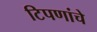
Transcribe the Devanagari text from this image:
टिपणांचे